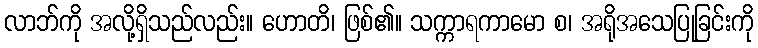
လာဘ်ကို အလို့ရှိသည်လည်း။ ဟောတိ၊ ဖြစ်၏။ သက္ကာရကာမော စ၊ အရိုအသေပြုခြင်းကို